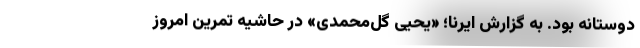
دوستانه بود. به گزارش ایرنا؛ «یحیی گل‌محمدی» در حاشیه تمرین امروز